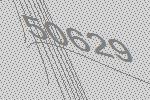
50629